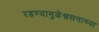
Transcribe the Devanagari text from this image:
रडण्यामुळेश्वसनाच्या